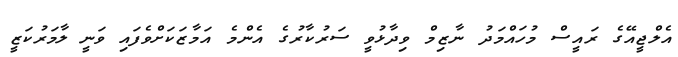
އެލްޖީއޭގެ ރައީސް މުހައްމަދު ނާޒިމް ވިދާޅުވީ ސަރުކާރުގެ އެންމެ އަމާޒަކަށްވެފައި ވަނީ ލާމަރުކަޒީ